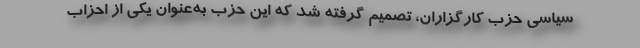
سیاسی حزب کارگزاران، تصمیم گرفته شد که این حزب به‌عنوان یکی از احزاب